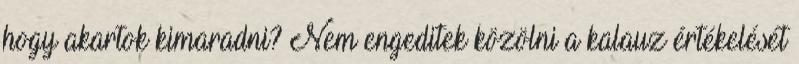
hogy akartok kimaradni? Nem engeditek közölni a kalauz értékelését